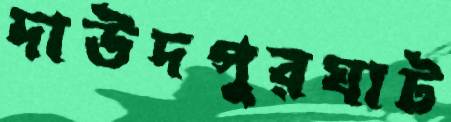
দাউদপুরঘাট